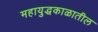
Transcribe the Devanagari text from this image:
महायुद्धकाळातील